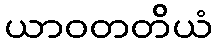
ယာဝတတိယံ